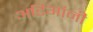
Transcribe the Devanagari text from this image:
अडिगांनी